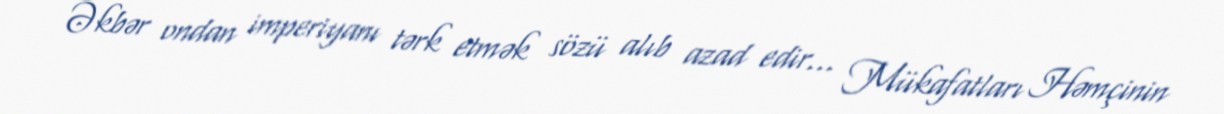
Əkbər ondan imperiyanı tərk etmək sözü alıb azad edir... Mükafatları Həmçinin